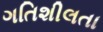
ગતિશીલતા